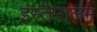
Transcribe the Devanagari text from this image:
इस्तेमालमें